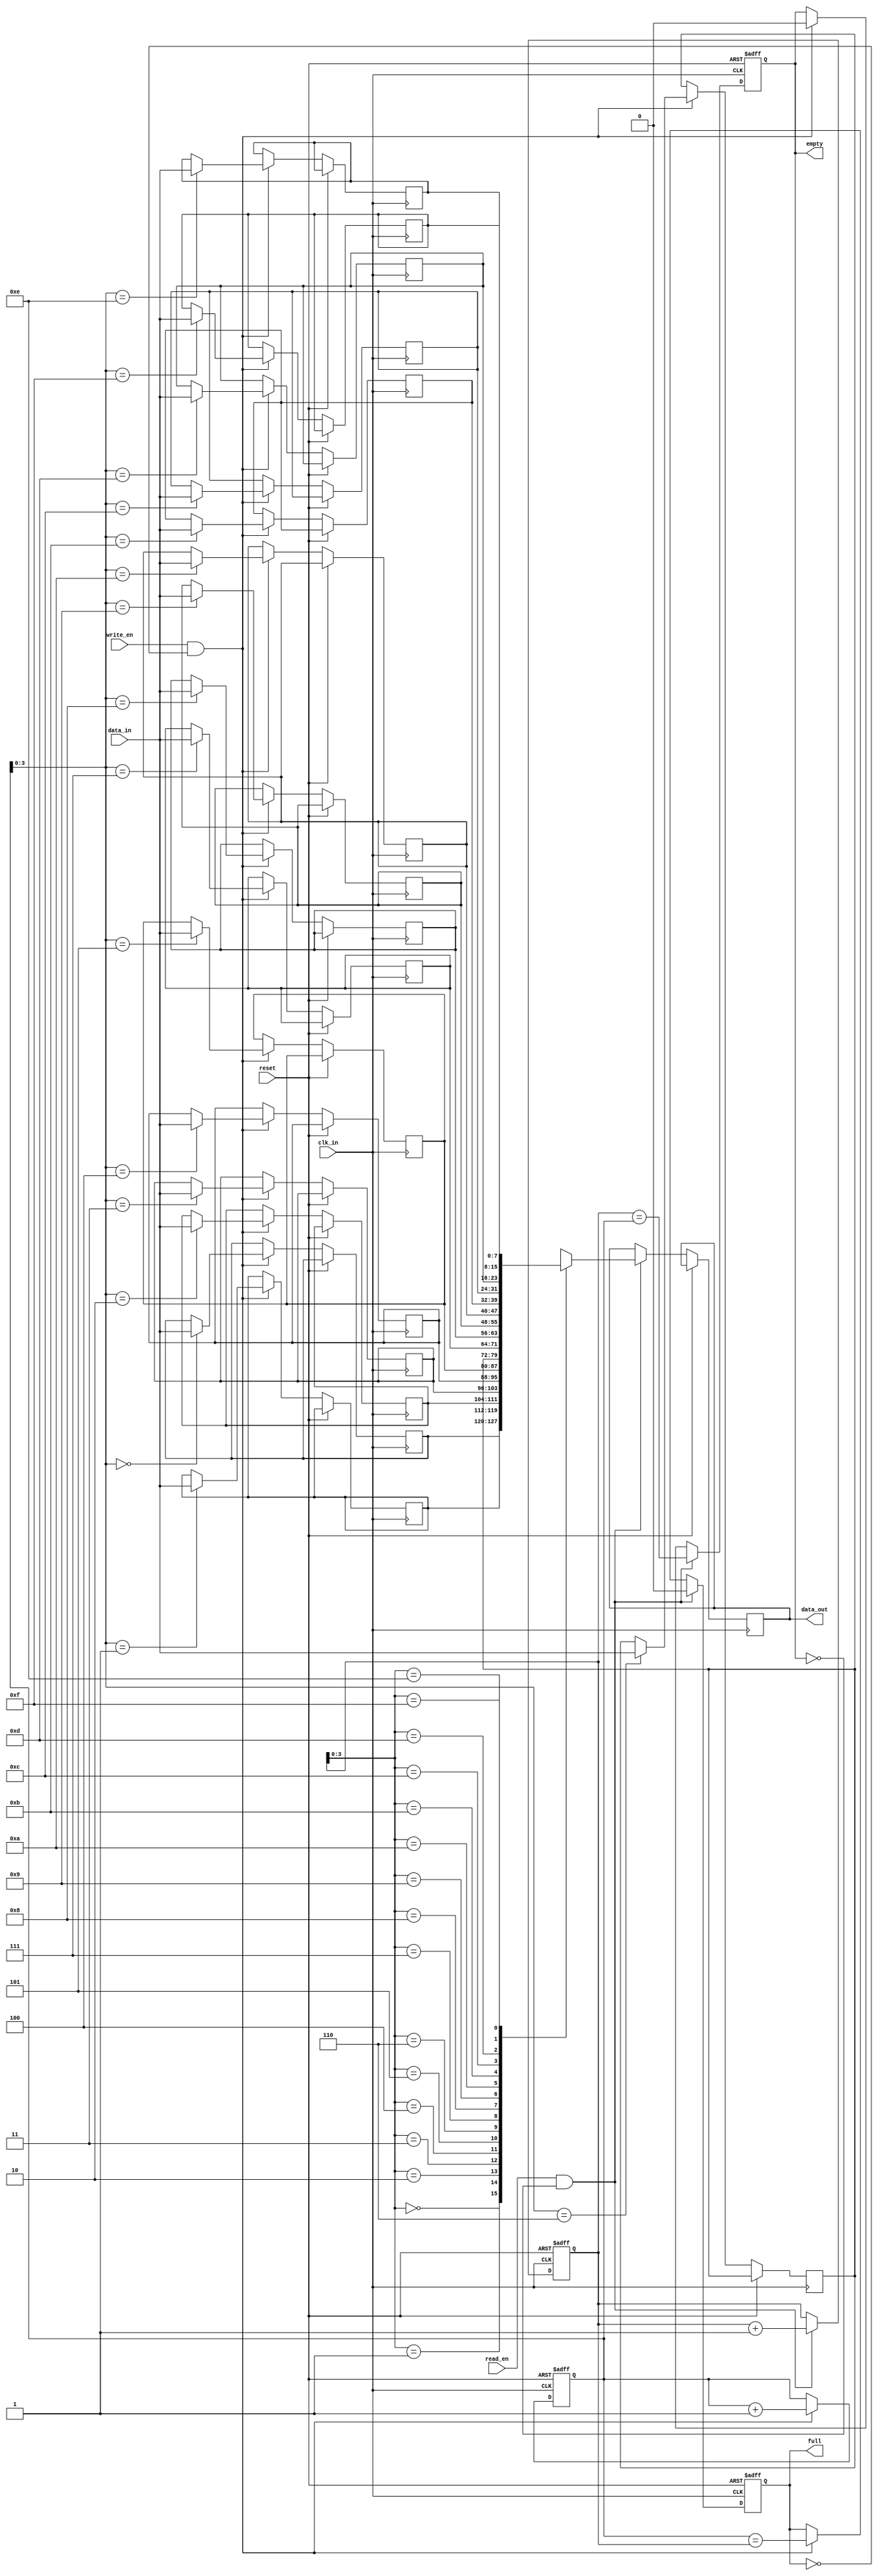
module fifo_buffer
    #(parameter DATA_WIDTH = 8, DEPTH = 16)
    (
        input wire clk_in,
        input wire reset,
        input wire read_en,
        input wire write_en,
        input wire [DATA_WIDTH-1:0] data_in,
        output reg [DATA_WIDTH-1:0] data_out,
        output reg full,
        output reg empty
    );

    reg [DATA_WIDTH-1:0] mem [0:DEPTH-1];
    reg [DATA_WIDTH-1:0] read_ptr, write_ptr;

    always @(posedge clk_in or posedge reset) begin
        if (reset) begin
            read_ptr <= 0;
            write_ptr <= 0;
            full <= 0;
            empty <= 1;
        end else begin
            if(write_en && !full) begin
                mem[write_ptr] <= data_in;
                write_ptr <= write_ptr + 1;
                full <= write_ptr == read_ptr;
                empty <= 0;
            end
            if(read_en && !empty) begin
                data_out <= mem[read_ptr];
                read_ptr <= read_ptr + 1;
                empty <= read_ptr == write_ptr;
                full <= 0;
            end
        end
    end

endmodule